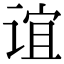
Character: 谊